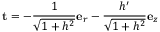
\mathbf { t } = - \frac { 1 } { \sqrt { 1 + h ^ { 2 } } } \mathbf { e } _ { r } - \frac { h ^ { \prime } } { \sqrt { 1 + h ^ { 2 } } } \mathbf { e } _ { z }